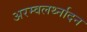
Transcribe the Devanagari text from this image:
अरम्वलर्थ्नादन